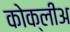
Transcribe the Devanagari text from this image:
कोक्लीअ